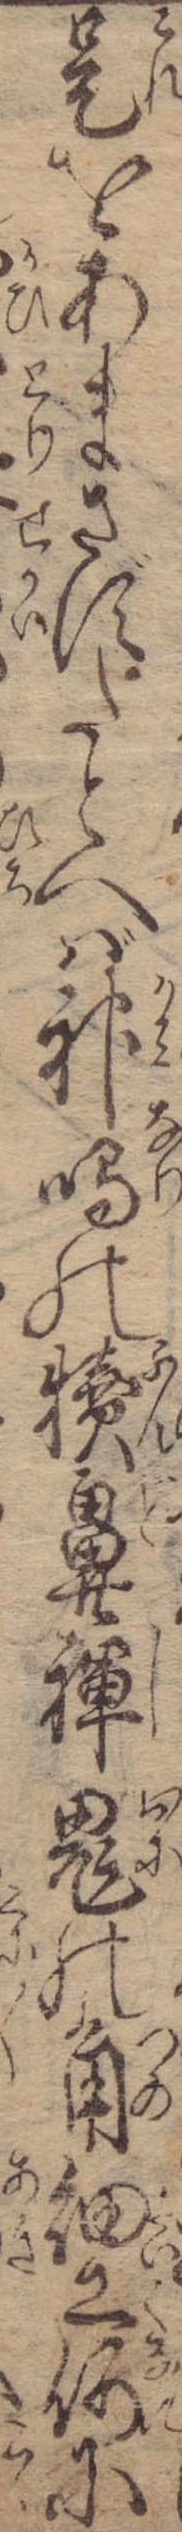
是をあまさずたとへば神鳴の犢鼻褌鬼の角細工何に